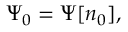
\Psi _ { 0 } = \Psi [ n _ { 0 } ] ,